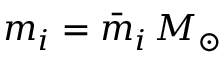
m _ { i } = \bar { m } _ { i } \, M _ { \odot }